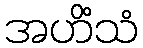
အဟိံသံ